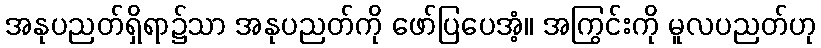
အနုပညတ်ရှိရာ၌သာ အနုပညတ်ကို ဖော်ပြပေအံ့။ အကြွင်းကို မူလပညတ်ဟု